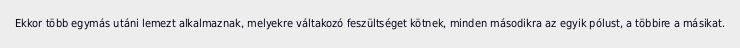
Ekkor több egymás utáni lemezt alkalmaznak, melyekre váltakozó feszültséget kötnek, minden másodikra az egyik pólust, a többire a másikat.